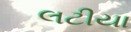
લટીયા